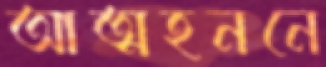
আত্মহননে